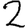
Digit: 2